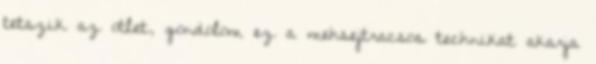
tetszik az otlet, gondolom ez a mehsejtracsos technikat akarja